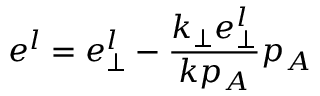
e ^ { l } = e _ { \perp } ^ { l } - \frac { k _ { \perp } e _ { \perp } ^ { l } } { k p _ { A } } p _ { A }